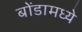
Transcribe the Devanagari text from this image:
बोंडामध्ये